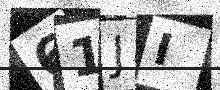
Text: 61JI